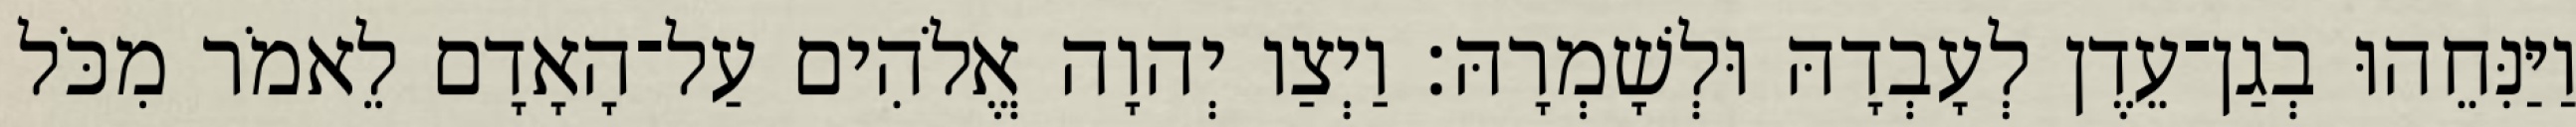
וַיַּנִּחֵהוּ בְגַן־עֵדֶן לְעָבְדָהּ וּלְשָׁמְרָהּ׃ וַיְצַו יְהוָה אֱלֹהִים עַל־הָאָדָם לֵאמֹר מִכֹּל